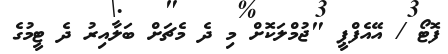
ފޮޓޯ / އޭއެފްޕީ "ޖުމްލަކޮށް މި ދެ މެޗަށް ބަލާއިރު ދެ ޓީމުގެ